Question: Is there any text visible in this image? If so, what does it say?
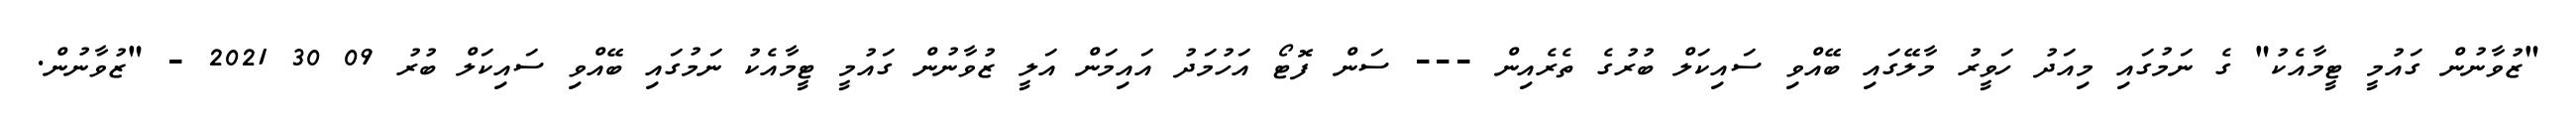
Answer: "ޒުވާނުން ގައުމީ ޓީމާއެކު" ގެ ނަމުގައި މިއަދު ހަވީރު މާލޭގައި ބޭއްވި ސައިކަލް ބުރުގެ ތެރެއިން --- ސަން ފޮޓޯ އަހުމަދު އައިމަން އަލީ ޒުވާނުން ގައުމީ ޓީމާއެކު ނަމުގައި ބޭއްވި ސައިކަލް ބުރު 09 30 2021 - "ޒުވާނުން.